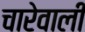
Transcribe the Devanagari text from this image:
चारेवाली